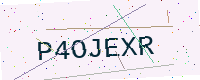
Text: P4OJEXR